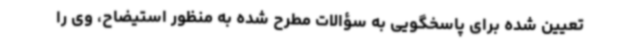
تعیین شده برای پاسخگویی به سؤالات مطرح شده به منظور استیضاح، وی را